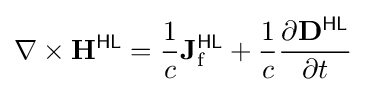
\nabla \times \mathbf {H} ^{\textsf {HL}}={\frac {1}{c}}\mathbf {J} _{\text{f}}^{\textsf {HL}}+{\frac {1}{c}}{\frac {\partial \mathbf {D} ^{\textsf {HL}}}{\partial t}}